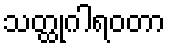
သတ္ထုဂါရဝတာ